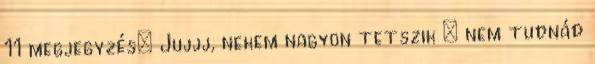
11 megjegyzés: Jujjj, nekem nagyon tetszik : nem tudnád